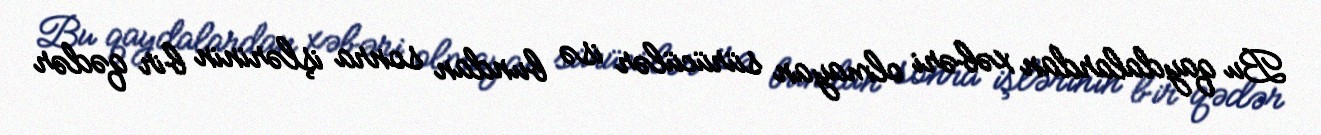
Bu qaydalardan xəbəri olmayan sürücülər isə bundan sonra işlərinin bir qədər